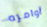
أوامره